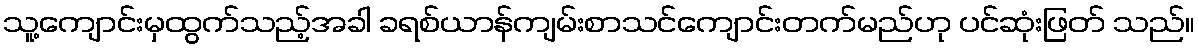
သူ့ကျောင်းမှထွက်သည့်အခါ ခရစ်ယာန်ကျမ်းစာသင်ကျောင်းတက်မည်ဟု ပင်ဆုံးဖြတ် သည်။